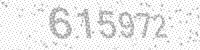
Solution: 615972